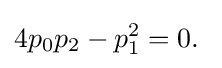
4p_{0}p_{2}-p_{1}^{2}=0.\